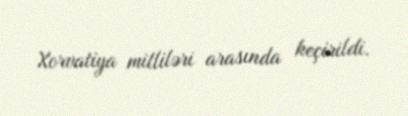
Xorvatiya milliləri arasında keçirildi.